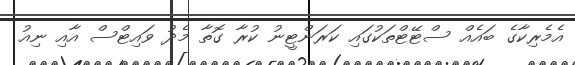
އެމެރިކާގެ ބައެއް ސްޓޭޓްތަކުގައި ކަރަންޓީނު ކުރާ ގޮތާ މެދު ވައިޓްސް އާއި ނިއު